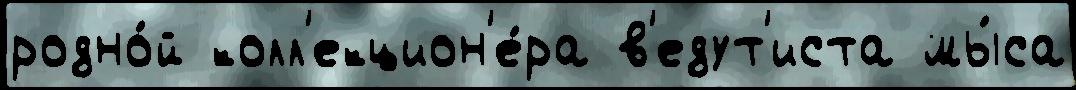
родно́й колл'екцион'е́ра в'едут'иста мы́са